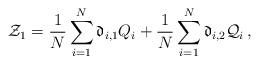
LaTeX: \begin{align*}\mathcal{Z}_1=\frac{1}{N} \sum_{i=1}^N \mathfrak{d}_{i,1} Q_i+ \frac{1}{N} \sum_{i=1}^N \mathfrak{d}_{i,2} \mathcal{Q}_i\,, \end{align*}